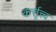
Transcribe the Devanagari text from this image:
कर्त्तृत्त्व